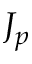
J _ { p }